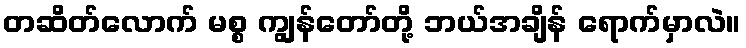
တဆိတ်လောက် မစ္စ ကျွန်တော်တို့ ဘယ်အချိန် ရောက်မှာလဲ။